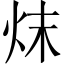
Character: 㶬